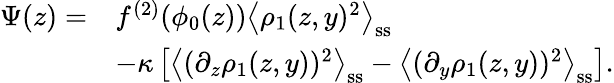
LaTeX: \begin{array}{rl}{\Psi(z)=}&{f^{(2)}(\phi_{0}(z))\left\langle\rho_{1}(z,y)^{2}\right\rangle_{\mathrm{ss}}}\\ &{-\kappa\left[\left\langle(\partial_{z}\rho_{1}(z,y))^{2}\right\rangle_{\mathrm{ss}}-\left\langle(\partial_{y}\rho_{1}(z,y))^{2}\right\rangle_{\mathrm{ss}}\right].}\end{array}